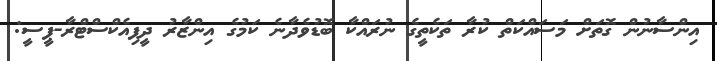
އިންސާނުން ގޮތަށް މަސައްކަތް ކުރާ ތަކެތީގެ ނުރައްކާ ބޮޑުވެދާނެ ކަމުގެ އިންޒާރު ދީފިއެކްސްޓްރާ-ޕީސީ: